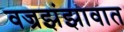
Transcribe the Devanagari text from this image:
वज्रझंझावात